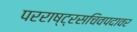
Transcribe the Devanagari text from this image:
परराष्ट्रसचिवपदावर